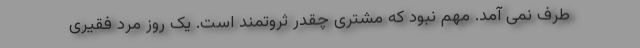
طرف نمی آمد. مهم نبود که مشتری چقدر ثروتمند است. یک روز مرد فقیری